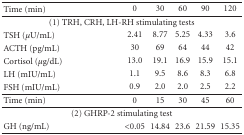
<table><thead><tr><td><b>Time (min)</b></td><td><b>0</b></td><td><b>30</b></td><td><b>60</b></td><td><b>90</b></td><td><b>120</b></td></tr></thead><tbody><tr><td colspan="6">(1) TRH, CRH, LH-RH stimulating tests</td></tr><tr><td>TSH (<i>μ</i>U/mL)</td><td>2.41</td><td>8.77</td><td>5.25</td><td>4.33</td><td>3.6</td></tr><tr><td>ACTH (pg/mL)</td><td>30</td><td>69</td><td>64</td><td>44</td><td>42</td></tr><tr><td>Cortisol (<i>μ</i>g/dL)</td><td>13.0 </td><td>19.1 </td><td>16.9 </td><td>15.9 </td><td>15.1 </td></tr><tr><td>LH (mIU/mL)</td><td>1.1 </td><td>9.5 </td><td>8.6 </td><td>8.3 </td><td>6.8 </td></tr><tr><td>FSH (mIU/mL)</td><td>0.9 </td><td>2.0 </td><td>2.0 </td><td>2.5 </td><td>2.2 </td></tr><tr><td>Time (min)</td><td>0</td><td>15</td><td>30</td><td>45</td><td>60</td></tr><tr><td colspan="6">(2) GHRP-2 stimulating test</td></tr><tr><td>GH (ng/mL)</td><td>&lt;0.05</td><td>14.84</td><td>23.6</td><td>21.59</td><td>15.35</td></tr></tbody></table>